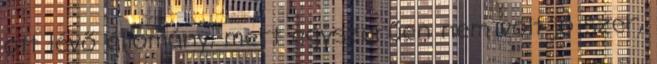
ott lévő állomány, mert egyszerűen nem volt jó szer,